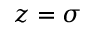
z = \sigma